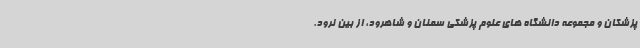
پزشکان و مجموعه دانشگاه های علوم پزشکی سمنان و شاهرود، از بین نرود.